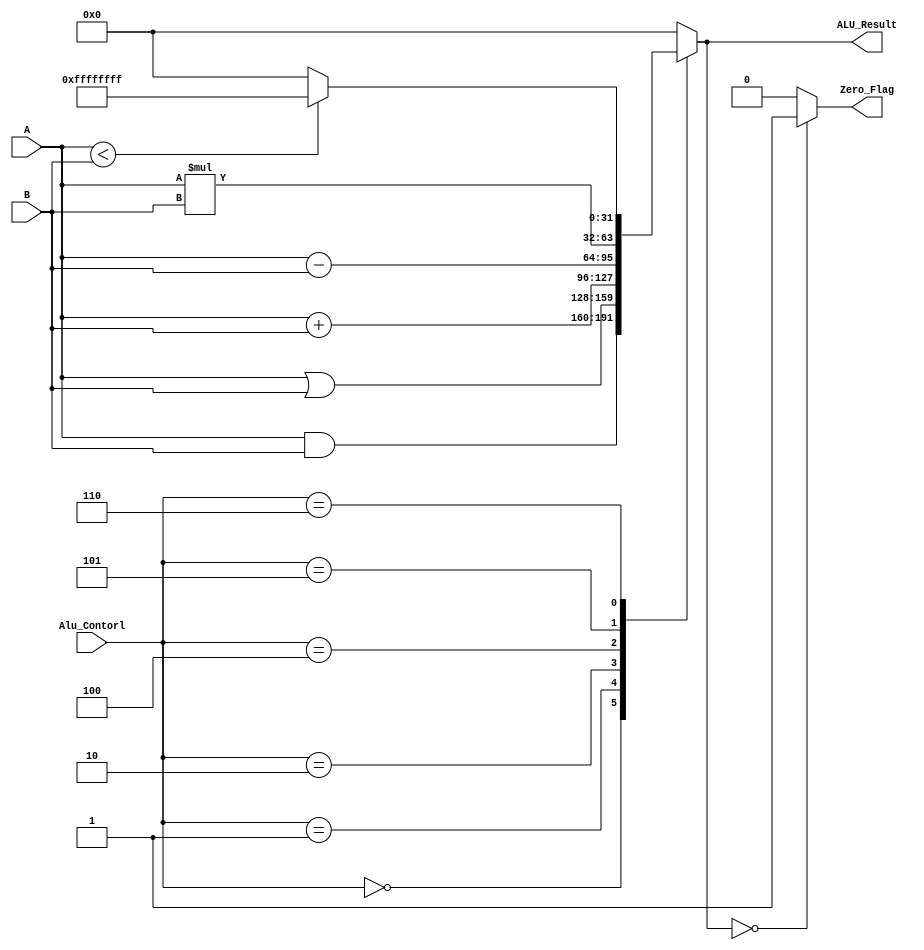
module ALU
    #(parameter Data_Width =32)
    (
    output  reg    [Data_Width-1:0]    ALU_Result,
    output  wire                       Zero_Flag,
    input   wire    [Data_Width-1:0]   A,B,
    input   wire    [2:0]              Alu_Contorl
);

always @(*)
begin
    case (Alu_Contorl)
        3'b000: ALU_Result= A & B;
        3'b001: ALU_Result= A | B;
        3'b010: ALU_Result= A + B;
        3'b100: ALU_Result= A - B;
        3'b101: ALU_Result= A * B;
        3'b110: ALU_Result= (A < B)? { (Data_Width) {1'b1} }: { (Data_Width) {1'b0} };
        default: ALU_Result= { (Data_Width) {1'b0} } ;
    endcase
end


assign Zero_Flag= (ALU_Result==0)? 1'b1 : 1'b0;

endmodule